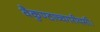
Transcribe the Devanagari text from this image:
वैकुण्ठाच्चगरीयसी।